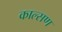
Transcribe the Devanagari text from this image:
काल्सण